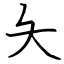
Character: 夨